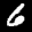
Label: 6